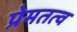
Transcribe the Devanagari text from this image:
प्रेमतत्व